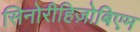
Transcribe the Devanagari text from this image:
सिनोरीहिज़ोबिएम